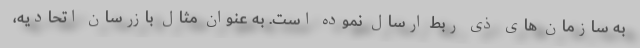
به سازمان های ذی ربط ارسال نموده است. به عنوان مثال بازرسان اتحادیه،